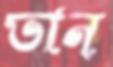
ভান্‌